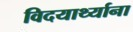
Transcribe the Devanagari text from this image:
विदयार्थ्याना